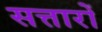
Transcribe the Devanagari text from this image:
सत्तारों